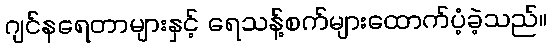
ဂျင်နရေတာများနှင့် ရေသန့်စက်များထောက်ပံ့ခဲ့သည်။